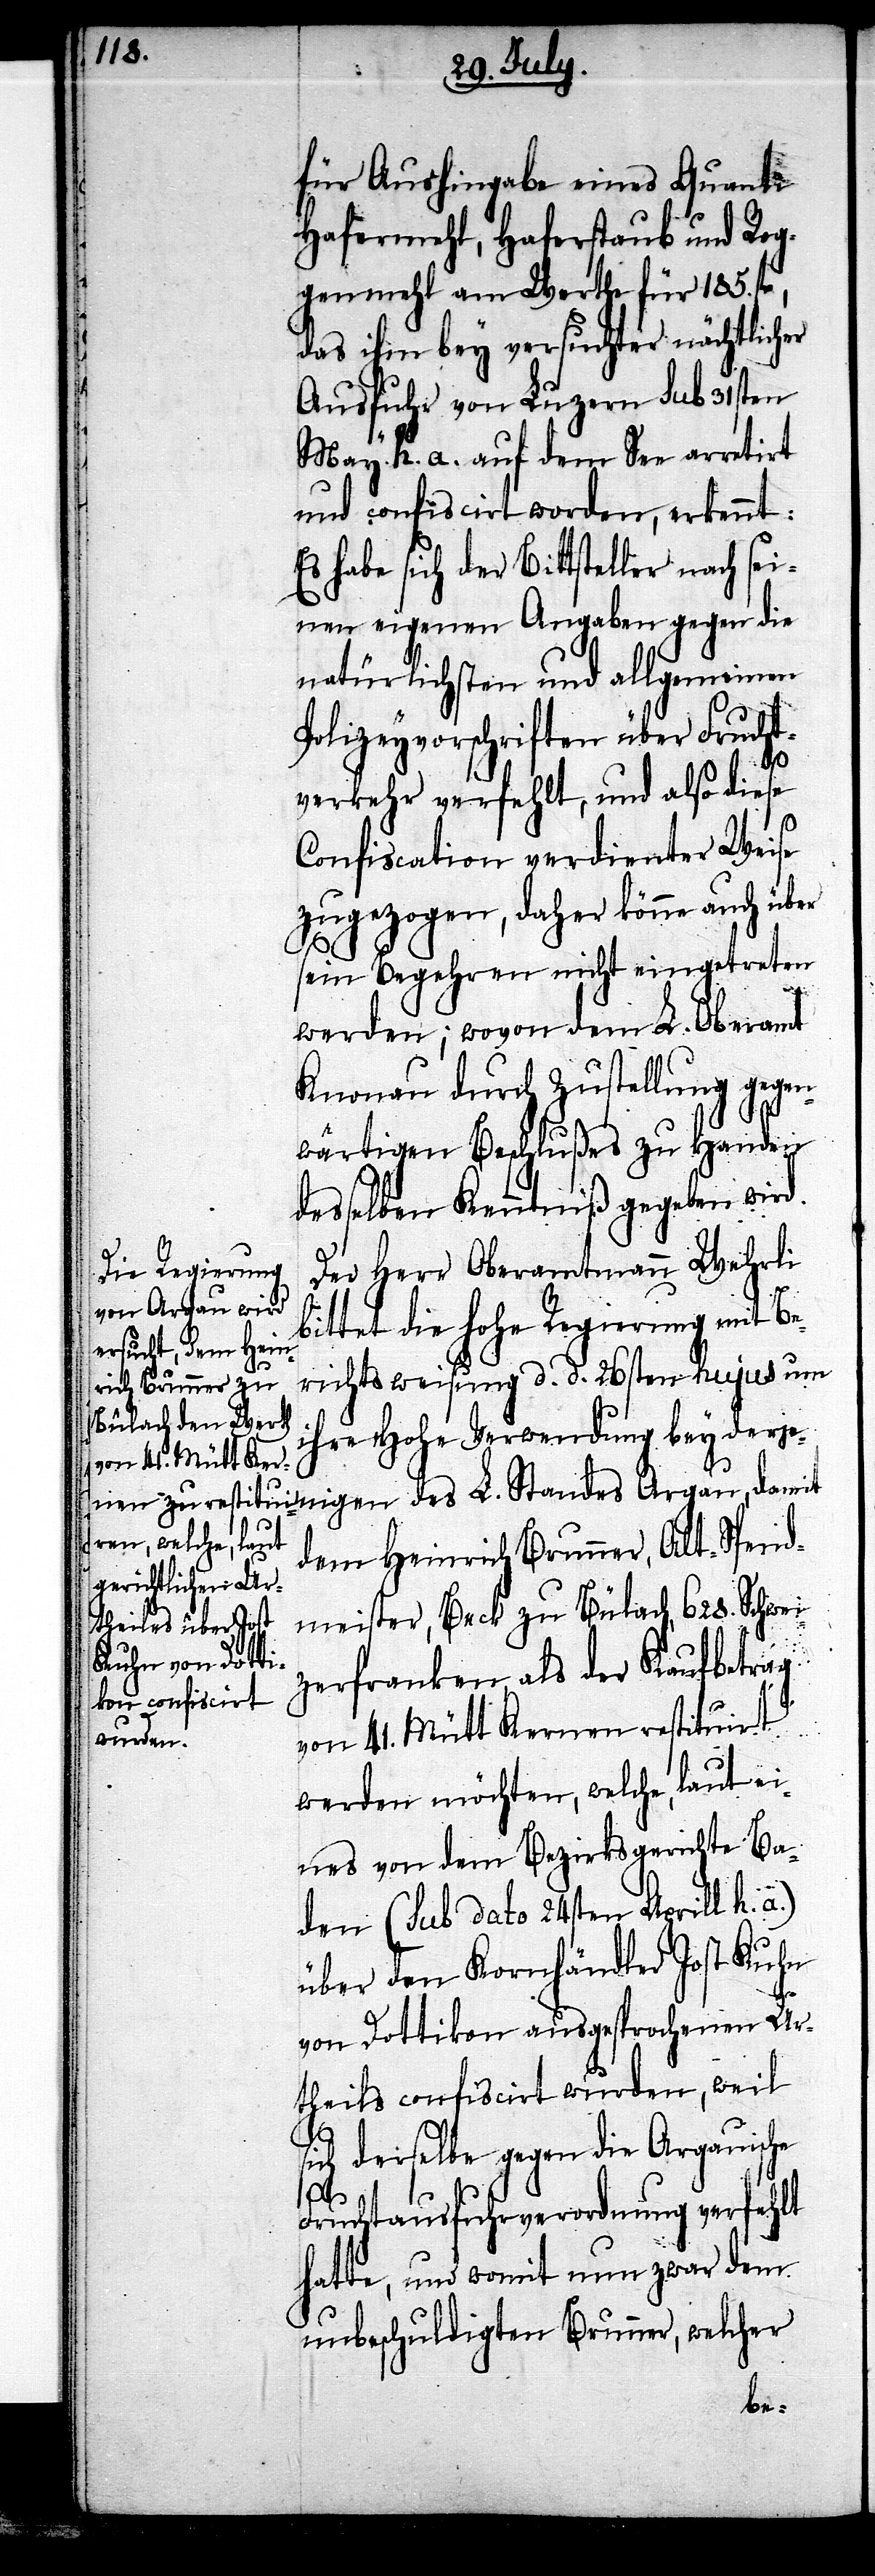
für Aushingabe eines Quanti
Hafermehl, Haferstaub und Rog¬
genmehl am Werthe für 185.
das ihm bey versuchter nächtlicher
Ausfuhr von Luzern sub 31sten
May h. a. auf dem See arretirt
und confiscirt worden, erkennt:
Es habe sich der Bittsteller nach sei¬
nen eigenen Angaben gegen die
natürlichsten und allgemeinen
Polizeyvorschriften über Frucht¬
verkehr verfehlt, und also diese
Confiscation verdienter Weise
zugezogen, daher könne auch über
sein Begehren nicht eingetreten
werden; wovon dem L. Oberamt
Knonau durch Zustellung gegen¬
wärtigen Beschlußes zu Handen
desselben Kenntniß gegeben wird.
Der Herr Oberamtmann Wehrli
ittet die hohe Regierung mit Be¬
richtsweisung d. d. 26sten hujus um
ihre Hohe Verwendung bey derje¬
dem Heinrich Brunner, Alt-Spend¬
meister, Beck zu Bülach, 628. Schwei¬
nigen des L.
zerfranken, als der Kaufbetrag
von 41. Mütt Kernen restituirt
werden möchten, welche, laut ei¬
nes von dem Bezirksgerichte Ba¬
den (sub dato 24sten Aprill h. a.)
über den Kornhändler Jost Kuhn
von Dottikon ausgesprochen Ur¬
theils confiscirt wurden, weil
sich derselbe gegen die Argauische
b¬
Fruchtausfuhrverordnung verfehlt
hatte, und womit nun zwar dem
unbeschuldigten Brunner, welcher